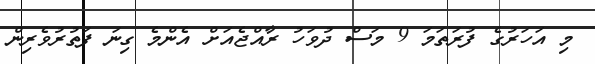
މި އަހަރުގެ ފުރަތަމަ 9 މަސް ދުވަހު ރާއްޖެއަށް އެންމެ ގިނަ ފަތުރުވެރިން